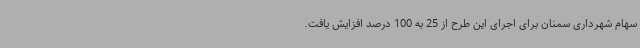
سهام شهرداری سمنان برای اجرای این طرح از 25 به 100 درصد افزایش یافت.